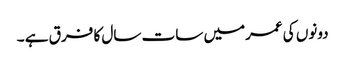
دونوں کی عمرمیں سات سال کا فرق ہے ۔